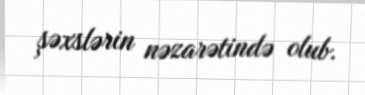
şəxslərin nəzarətində olub.